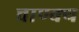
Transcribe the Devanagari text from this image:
चाण्क्य